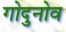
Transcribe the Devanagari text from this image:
गोदुनोव